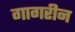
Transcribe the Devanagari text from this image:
गागरीन